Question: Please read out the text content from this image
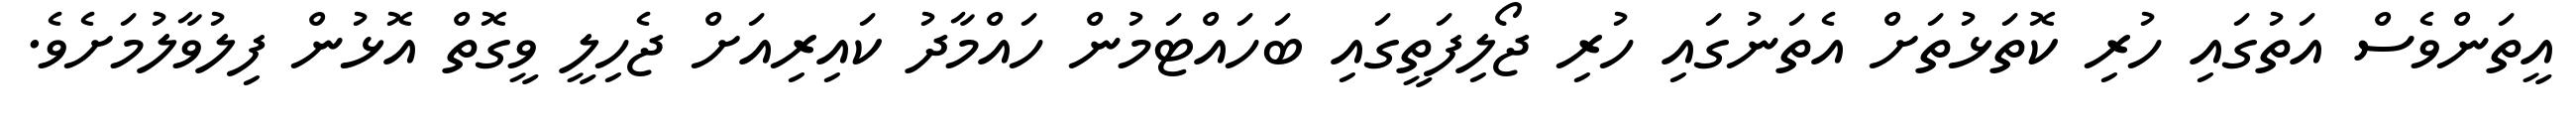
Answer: އީތަންވެސް އަތުގައި ހުރި ކޮތަޅުތަށް އެތަނުގައި ހުރި ޖޯލިފަތީގައި ބަހައްޓަމުން ހައްމާދު ކައިރިއަށް ޖެހިލީ ވީގޮތް އޮޅުން ފިލުވާލުމަށެވެ.